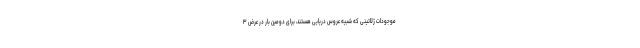
موجودات ژلاتینی که شبیه عروس دریایی هستند، برای دومین بار در عرض ۳